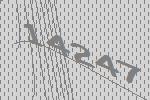
14247